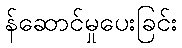
န်ဆောင်မှုပေးခြင်း